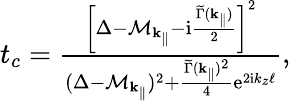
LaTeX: \begin{array}{r}{t_{c}=\frac{\left[\Delta-\mathcal{M}_{\mathbf{k}_{\parallel}}-\mathrm{i}\frac{\widetilde\Gamma({\mathbf{k}_{\parallel}})}{2}\right]^{2}}{(\Delta-\mathcal{M}_{\mathbf{k}_{\parallel}})^{2}+\frac{\widetilde\Gamma({\mathbf{k}_{\parallel}})^{2}}{4}\mathrm{e}^{2\mathrm{i}k_{z}\ell}},}\end{array}